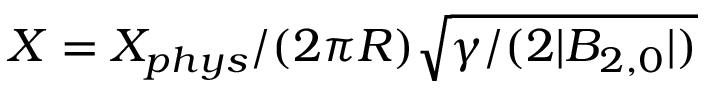
X = X _ { p h y s } / ( 2 \pi R ) \sqrt { \gamma / ( 2 | B _ { 2 , 0 } | ) }